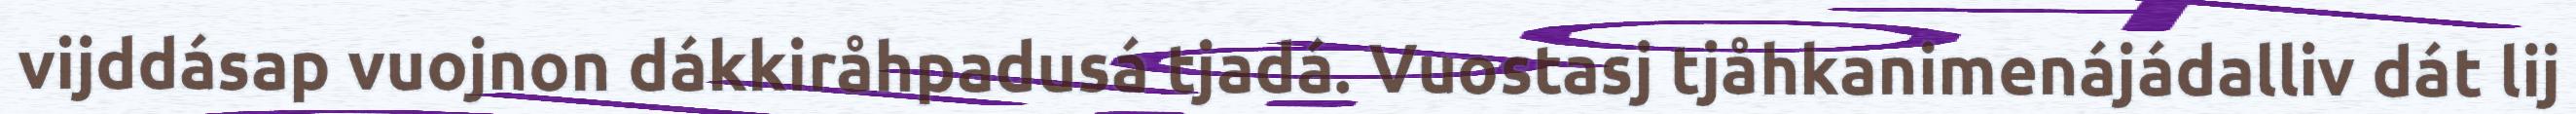
vijddásap vuojnon dákkiråhpadusá tjadá. Vuostasj tjåhkanimenájádalliv dát lij